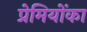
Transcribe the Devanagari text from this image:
प्रेमियोंका